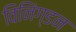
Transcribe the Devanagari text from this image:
विनिंग्डन